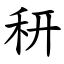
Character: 䄯